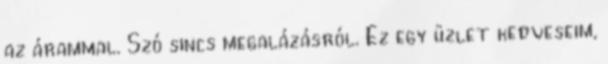
az árammal. Szó sincs megalázásról. Ez egy üzlet kedveseim,